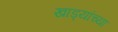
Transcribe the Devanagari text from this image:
खाड्यांच्या